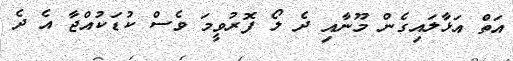
އަތް އަޅާލައިގެން މޫނާއި ދެ ލޯ ފޮރުވީމަ ވެސް ކުޑަކުއްޖާ އެ ދެ